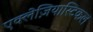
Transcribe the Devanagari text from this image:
एक्लेज़ियास्टिकल